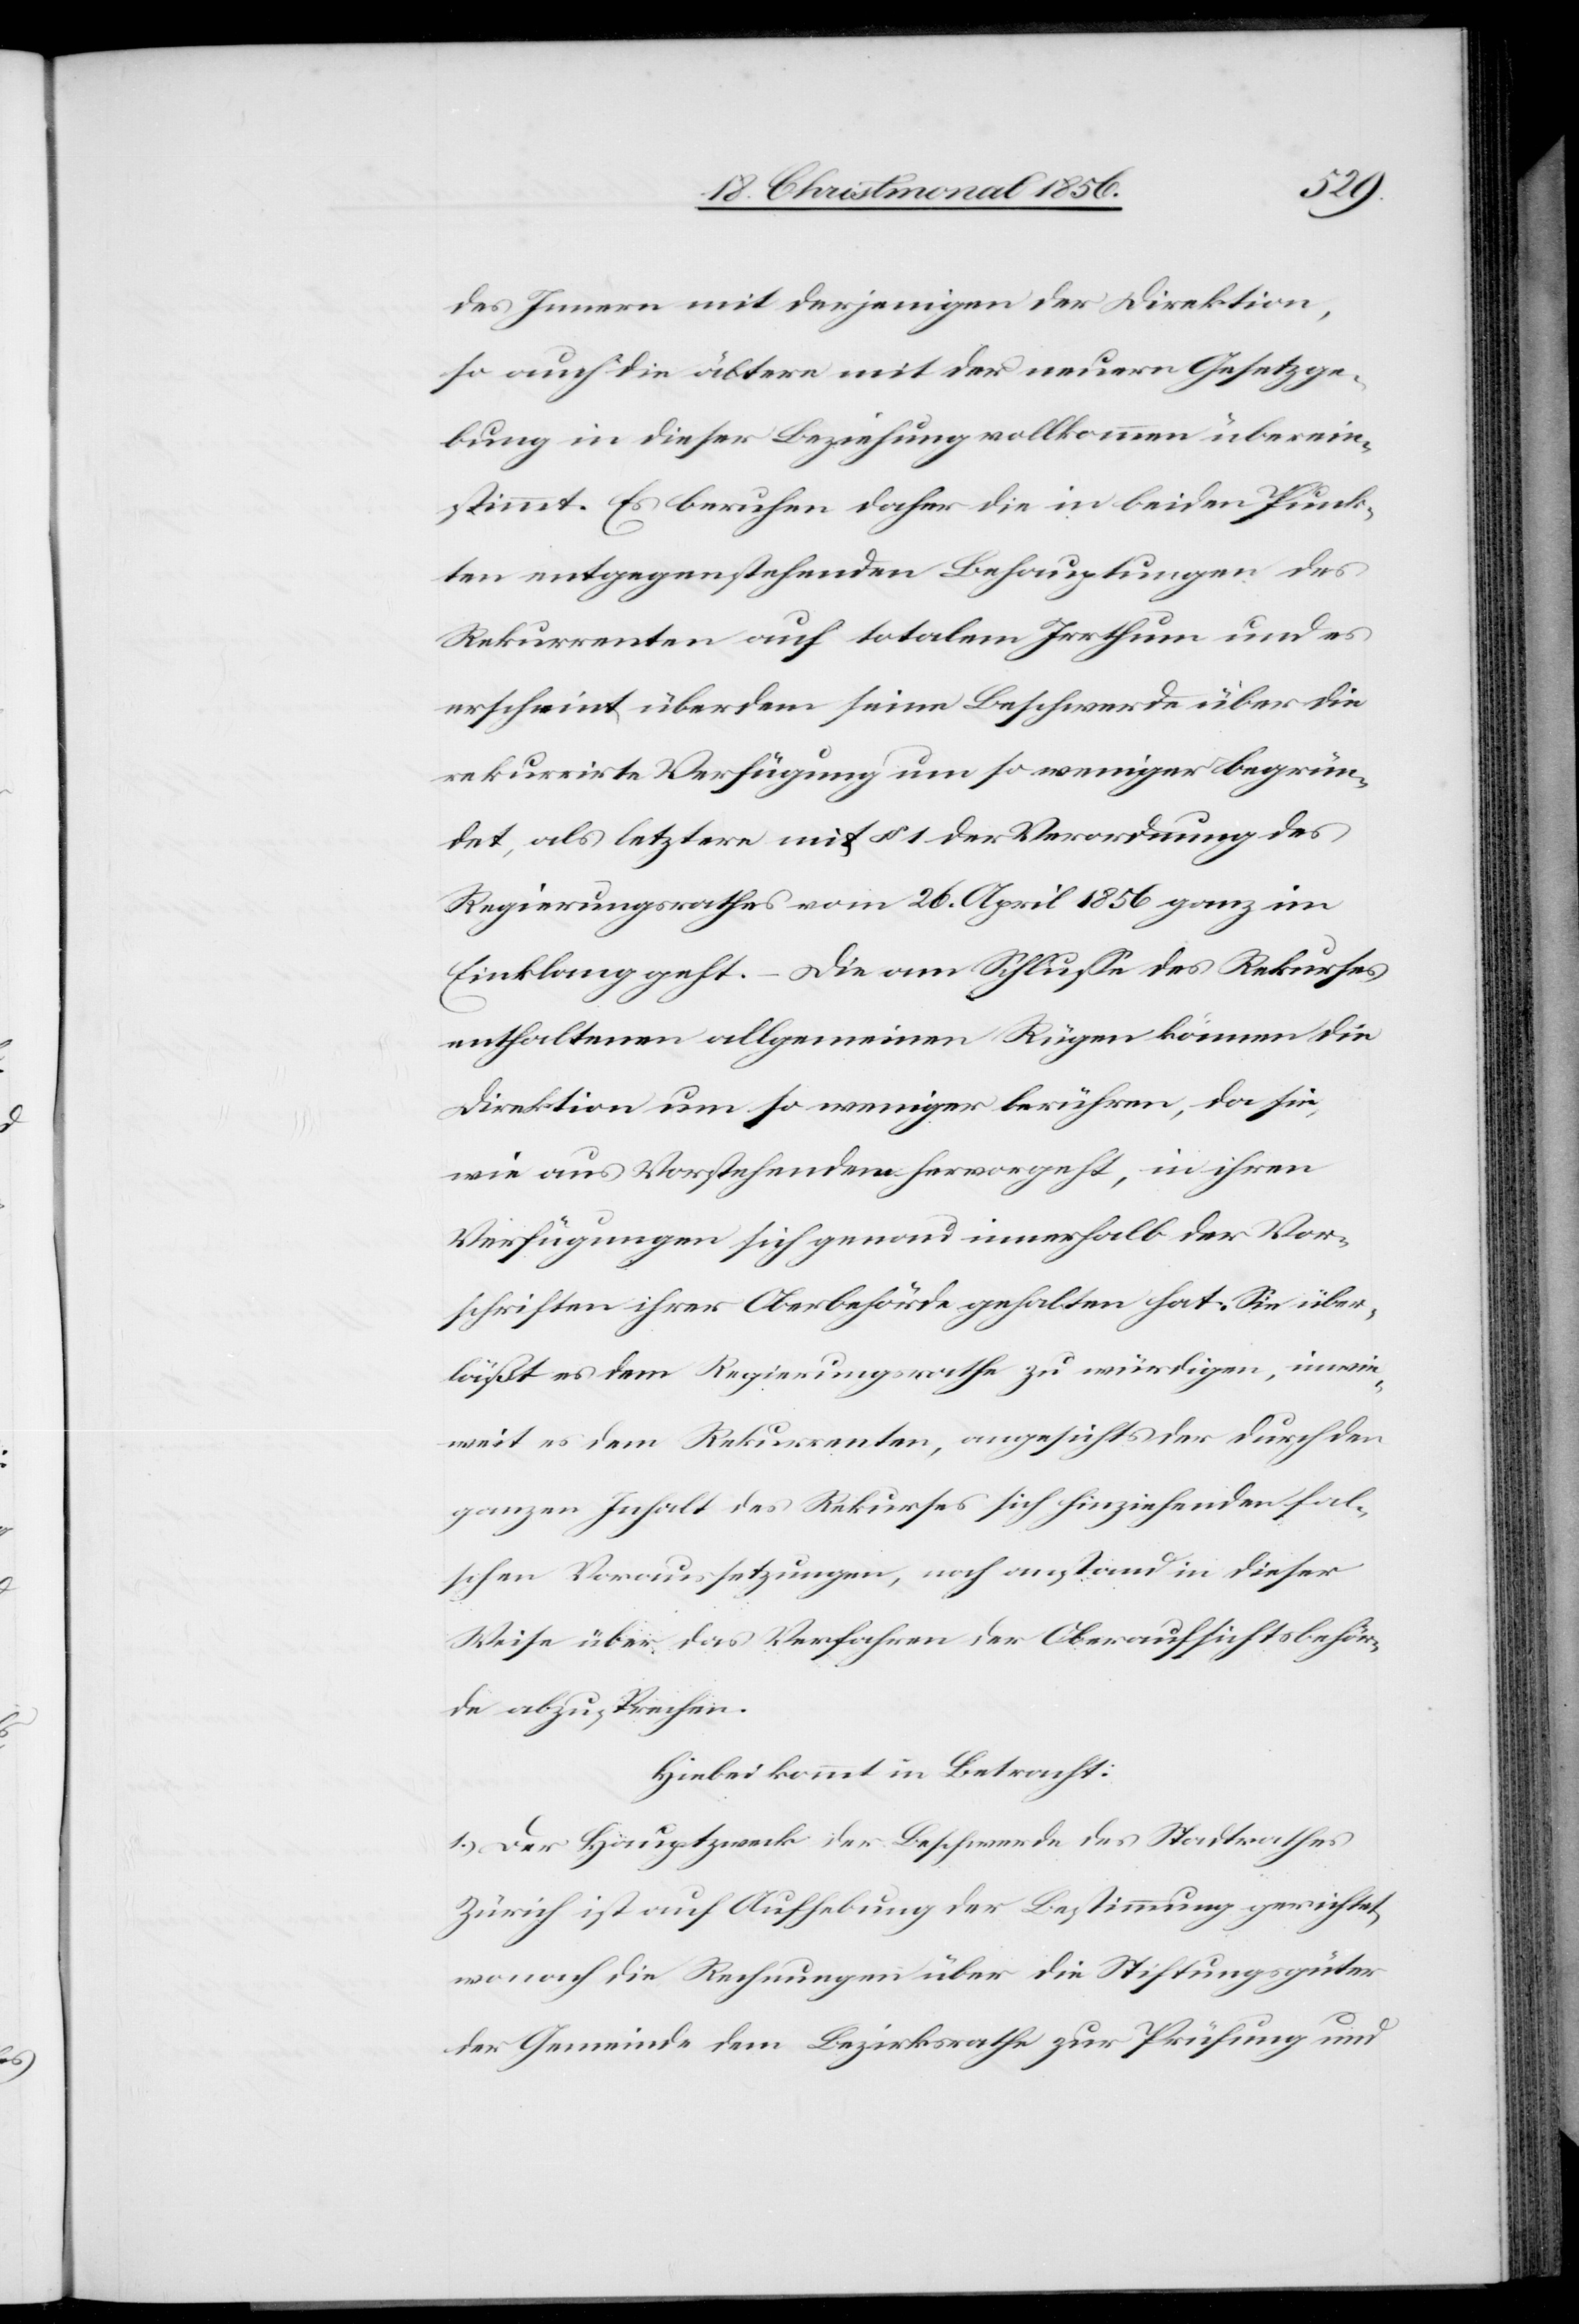
des Innern mit derjenigen der Direktion,
so auch die ältern mit der neuern Gesetzge¬
bung in dieser Beziehung vollkommen überein¬
stimmt. Es beruhen daher die in beiden Punk¬
ten entgegenstehenden Behauptungen des
Rekurrenten auf totalem Irrthum und es
erscheint überdem seine Beschwerde über die
rekurrirte Verfügung um so weniger begrün¬
det, als letztere mit § 1 der Verordnung des
Regierungsrathes vom 26. April 1856 ganz im
Einklang geht. – Die am Schlusse des Rekurses
enthaltenen allgemeinen Rügen können die
Direktion um so weniger berühren, da sie,
wie aus Vorstehendem hervorgeht, in ihren
Verfügungen sich genau innerhalb der Vor¬
schriften ihrer Oberbehörde gehalten hat. Sie über¬
läßt es dem Regierungsrathe zu würdigen, inwie¬
weit es dem Rekurrenten, angesichts der durch den
ganzen Inhalt des Rekurses sich hinziehenden fal¬
schen Voraussetzungen, noch anstand in dieser
Weise über das Verfahren der Oberaufsichtsbehör¬
de abzusprechen.
Hiebei kommt in Betracht:
1.) Der Hauptzweck der Beschwerde des Stadtrathes
Zürich ist auf Aufhebung der Bestimmung gerichtet,
wonach die Rechnungen über die Stiftungsgüter
der Gemeinde dem Bezirksrathe zur Prüfung und